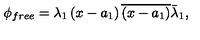
\phi _ { f r e e } = \lambda _ { 1 } \left( x - a _ { 1 } \right) \overline { { \left( x - a _ { 1 } \right) } } \bar { \lambda } _ { 1 } ,